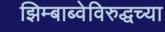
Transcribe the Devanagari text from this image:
झिम्बाब्वेविरुद्धच्या